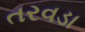
તરવડા